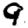
Digit: 9